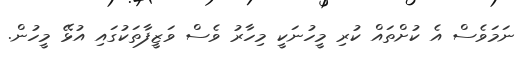
ނަމަވެސް އެ ކުށްތައް ކުރި މީހުނަކީ މިހާރު ވެސް ވަޒީފާތަކުގައި އުޅޭ މީހުން.